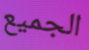
الجميع